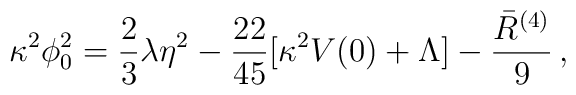
\kappa^2\phi_0^2 = {2\over 3}\lambda\eta^2-{22\over 45}[\kappa^2V(0)+\Lambda ]-{\bar{R}^{(4)} \over 9}\,,